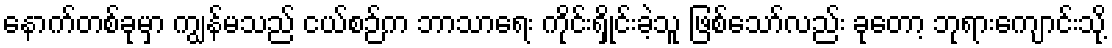
နောက်တစ်ခုမှာ ကျွန်မသည် ငယ်စဉ်က ဘာသာရေး ကိုင်းရှိုင်းခဲ့သူ ဖြစ်သော်လည်း ခုတော့ ဘုရားကျောင်းသို့